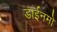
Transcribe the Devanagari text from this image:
डाईनमो